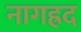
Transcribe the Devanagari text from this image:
नागह्रद